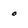
Character: o